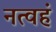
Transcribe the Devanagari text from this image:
नत्वहं